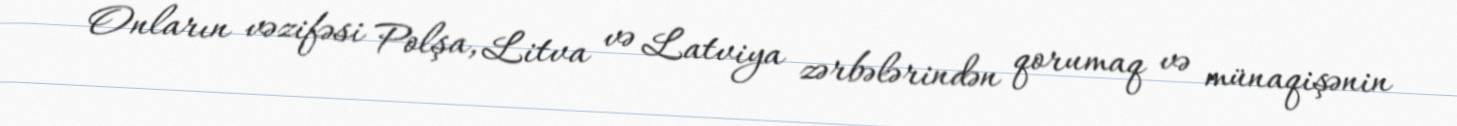
Onların vəzifəsi Polşa, Litva və Latviya zərbələrindən qorumaq və münaqişənin